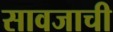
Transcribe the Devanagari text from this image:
सावजाची